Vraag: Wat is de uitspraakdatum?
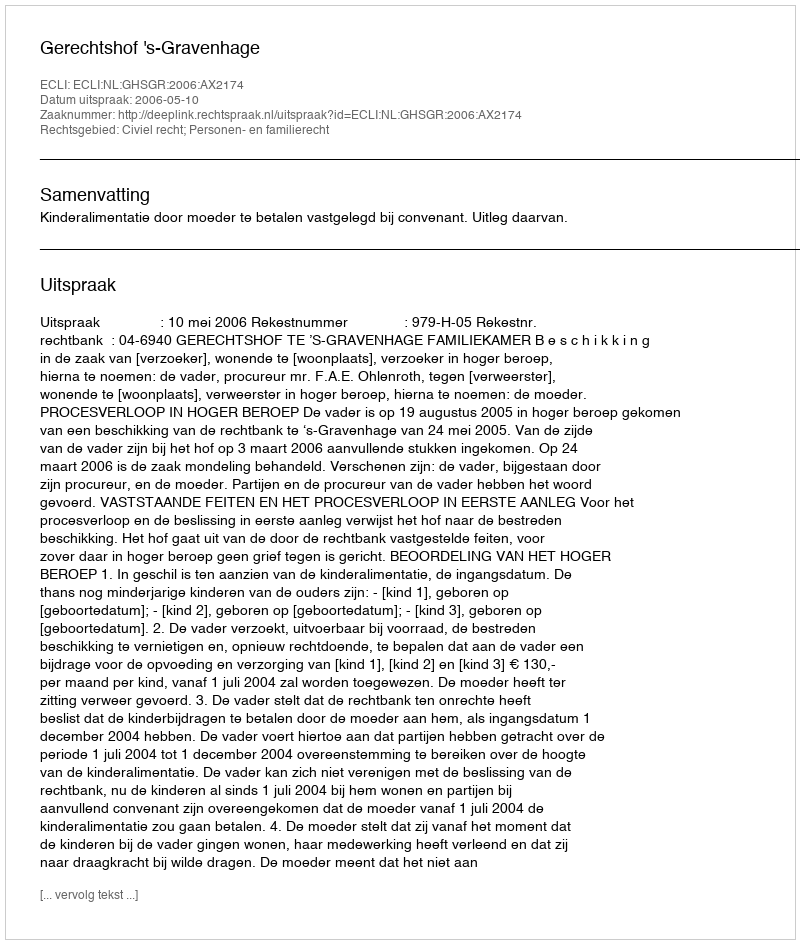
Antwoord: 2006-05-10